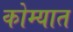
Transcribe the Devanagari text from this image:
कोम्यात